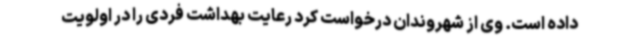
داده است. وی از شهروندان درخواست کرد رعایت بهداشت فردی را در اولویت